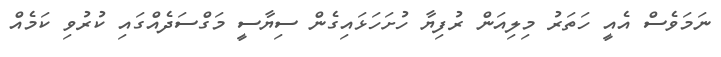
ނަމަވެސް އެއީ ހަތަރު މިލިއަން ރުފިޔާ ހުށަހަޅައިގެން ސިޔާސީ މަގްސަދެއްގައި ކުރުވި ކަމެއް